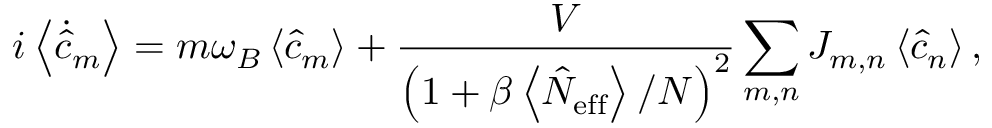
i \left\langle \dot { \hat { c } } _ { m } \right\rangle = m \omega _ { B } \left\langle \hat { c } _ { m } \right\rangle + \frac { V } { \left( 1 + \beta \left\langle \hat { N } _ { \mathrm { e f f } } \right\rangle / N \right) ^ { 2 } } \sum _ { m , n } J _ { m , n } \left\langle \hat { c } _ { n } \right\rangle ,